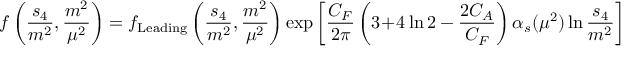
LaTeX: f \left( \frac { s _ { 4 } } { m ^ { 2 } } , \frac { m ^ { 2 } } { \mu ^ { 2 } } \right) = f _ { \mathrm { L e a d i n g } } \left( \frac { s _ { 4 } } { m ^ { 2 } } , \frac { m ^ { 2 } } { \mu ^ { 2 } } \right) \exp \left[ \frac { C _ { F } } { 2 \pi } \left( 3 \! + \! 4 \ln 2 - \frac { 2 C _ { A } } { C _ { F } } \right) \alpha _ { s } ( \mu ^ { 2 } ) \ln \frac { s _ { 4 } } { m ^ { 2 } } \right]